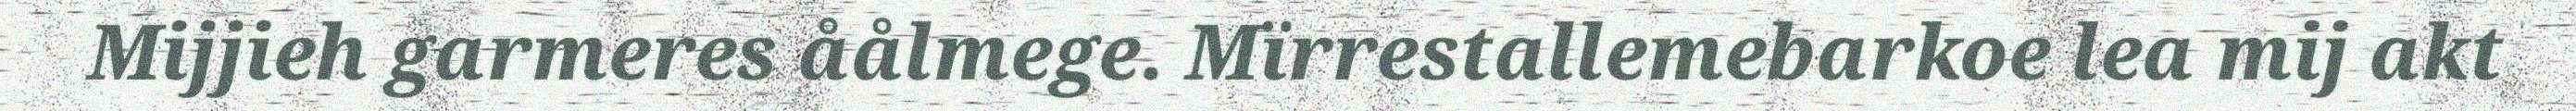
Mijjieh garmeres åålmege. Mïrrestallemebarkoe lea mij akt